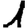
Digit: 1